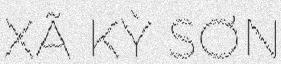
XÃ KỲ SƠN